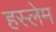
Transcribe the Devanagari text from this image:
हस्लेम